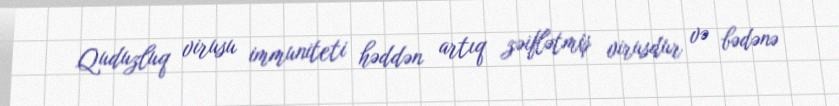
Quduzluq virusu immuniteti həddən artıq zəiflətmiş virusdur və bədənə